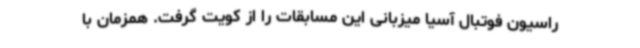
راسیون فوتبال آسیا میزبانی این مسابقات را از کویت گرفت. همزمان با